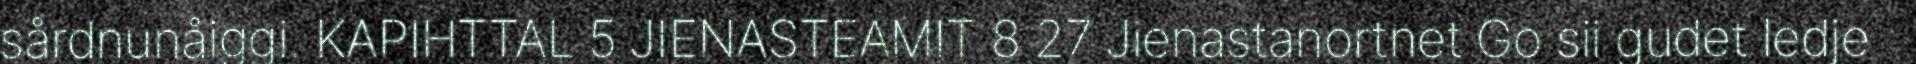
sårdnunåiggi. KAPIHTTAL 5 JIENASTEAMIT 8 27 Jienastanortnet Go sii gudet ledje